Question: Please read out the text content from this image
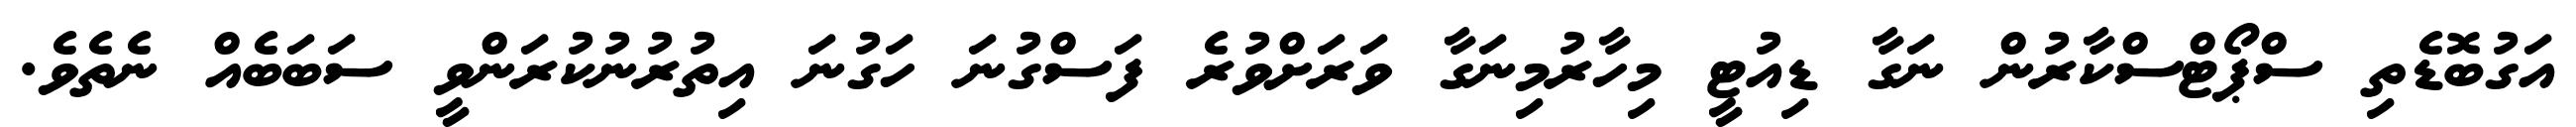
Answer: އަގުބޮޑެތި ސްޕޯޓްސްކާރުން ނަގާ ޑިއުޓީ މިހާރުމިނަގާ ވަރަށްވުރެ ފަސްގުނަ ހަގުނަ އިތުރުނުކުރަންވީ ސަބަބެއް ނެތެވެ.